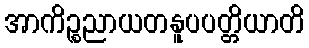
အာကိဉ္စညာယတနူပပတ္တိယာတိ